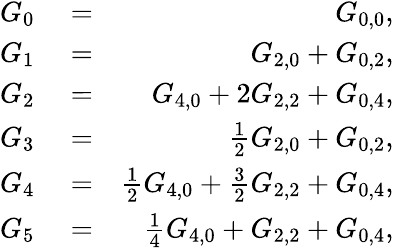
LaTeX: \begin{array}{rlr}{G_{0}}&{{}=}&{G_{0,0},}\\ {G_{1}}&{{}=}&{G_{2,0}+G_{0,2},}\\ {G_{2}}&{{}=}&{G_{4,0}+2G_{2,2}+G_{0,4},}\\ {G_{3}}&{{}=}&{\frac{1}{2}G_{2,0}+G_{0,2},}\\ {G_{4}}&{{}=}&{\frac{1}{2}G_{4,0}+\frac{3}{2}G_{2,2}+G_{0,4},}\\ {G_{5}}&{{}=}&{\frac{1}{4}G_{4,0}+G_{2,2}+G_{0,4},}\end{array}